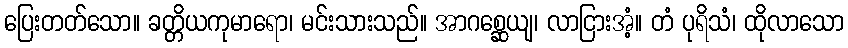
ပြေးတတ်သော။ ခတ္တိယကုမာရော၊ မင်းသားသည်။ အာဂစ္ဆေယျ၊ လာငြားအံ့။ တံ ပုရိသံ၊ ထိုလာသော